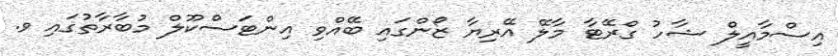
އިސްމާއީލް ޝާހު ގްރޭޓާ މާލޭ އޭރިޔާ ޒޯންގައި ބޭއްވި އިންޓަސްކޫލް މުބާރާތުގައި ވ.